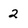
Character: 2